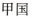
甲国